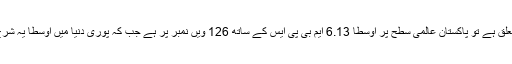
جہاں تک فکسڈ یا لینڈ لائن انٹرنیٹ کا تعلق ہے تو پاکستان عالمی سطح پر اوسطاً 6.13 ایم بی پی ایس کے ساتھ 126 ویں نمبر پر ہے جب کہ پوری دنیا میں اوسطاً یہ شرح 40 ایم بی پی ایس کے لگ بھگ ہے۔